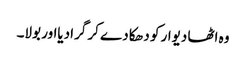
وہ اٹھا دیوار کو دھکا دے کر گرادیااور بولا۔